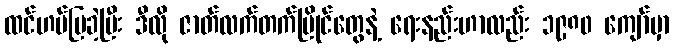
ထင်ဟပ်ပြခဲ့ပြီး ဒီလို ဇာတ်လက်တက်ပြိုင်တွေနဲ့ ရေးနည်းဟာလည်း ၁၉၈၀ ကျော်မှာ